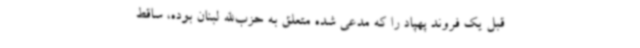
قبل یک فروند پهپاد را که مدعی شده متعلق به حزب‌الله لبنان بوده، ساقط